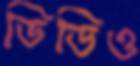
ভিডিও